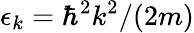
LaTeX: \epsilon_{k}=\hbar^{2}k^{2}/(2m)